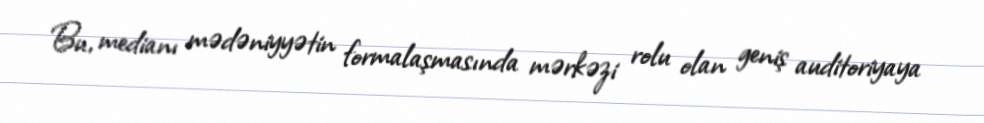
Bu, medianı mədəniyyətin formalaşmasında mərkəzi rolu olan geniş auditoriyaya